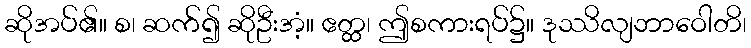
ဆိုအပ်၏။ စ၊ ဆက်၍ ဆိုဦးအံ့။ ဧတ္ထ၊ ဤစကားရပ်၌။ ဒုဿိလျဘာဝေါတိ၊